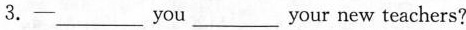
3.—___ you ___ your new teachers?